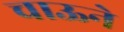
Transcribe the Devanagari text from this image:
चाऊने